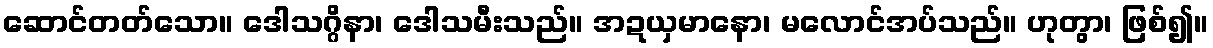
ဆောင်တတ်သော။ ဒေါသဂ္ဂိနာ၊ ဒေါသမီးသည်။ အဍယှမာနော၊ မလောင်အပ်သည်။ ဟုတွာ၊ ဖြစ်၍။